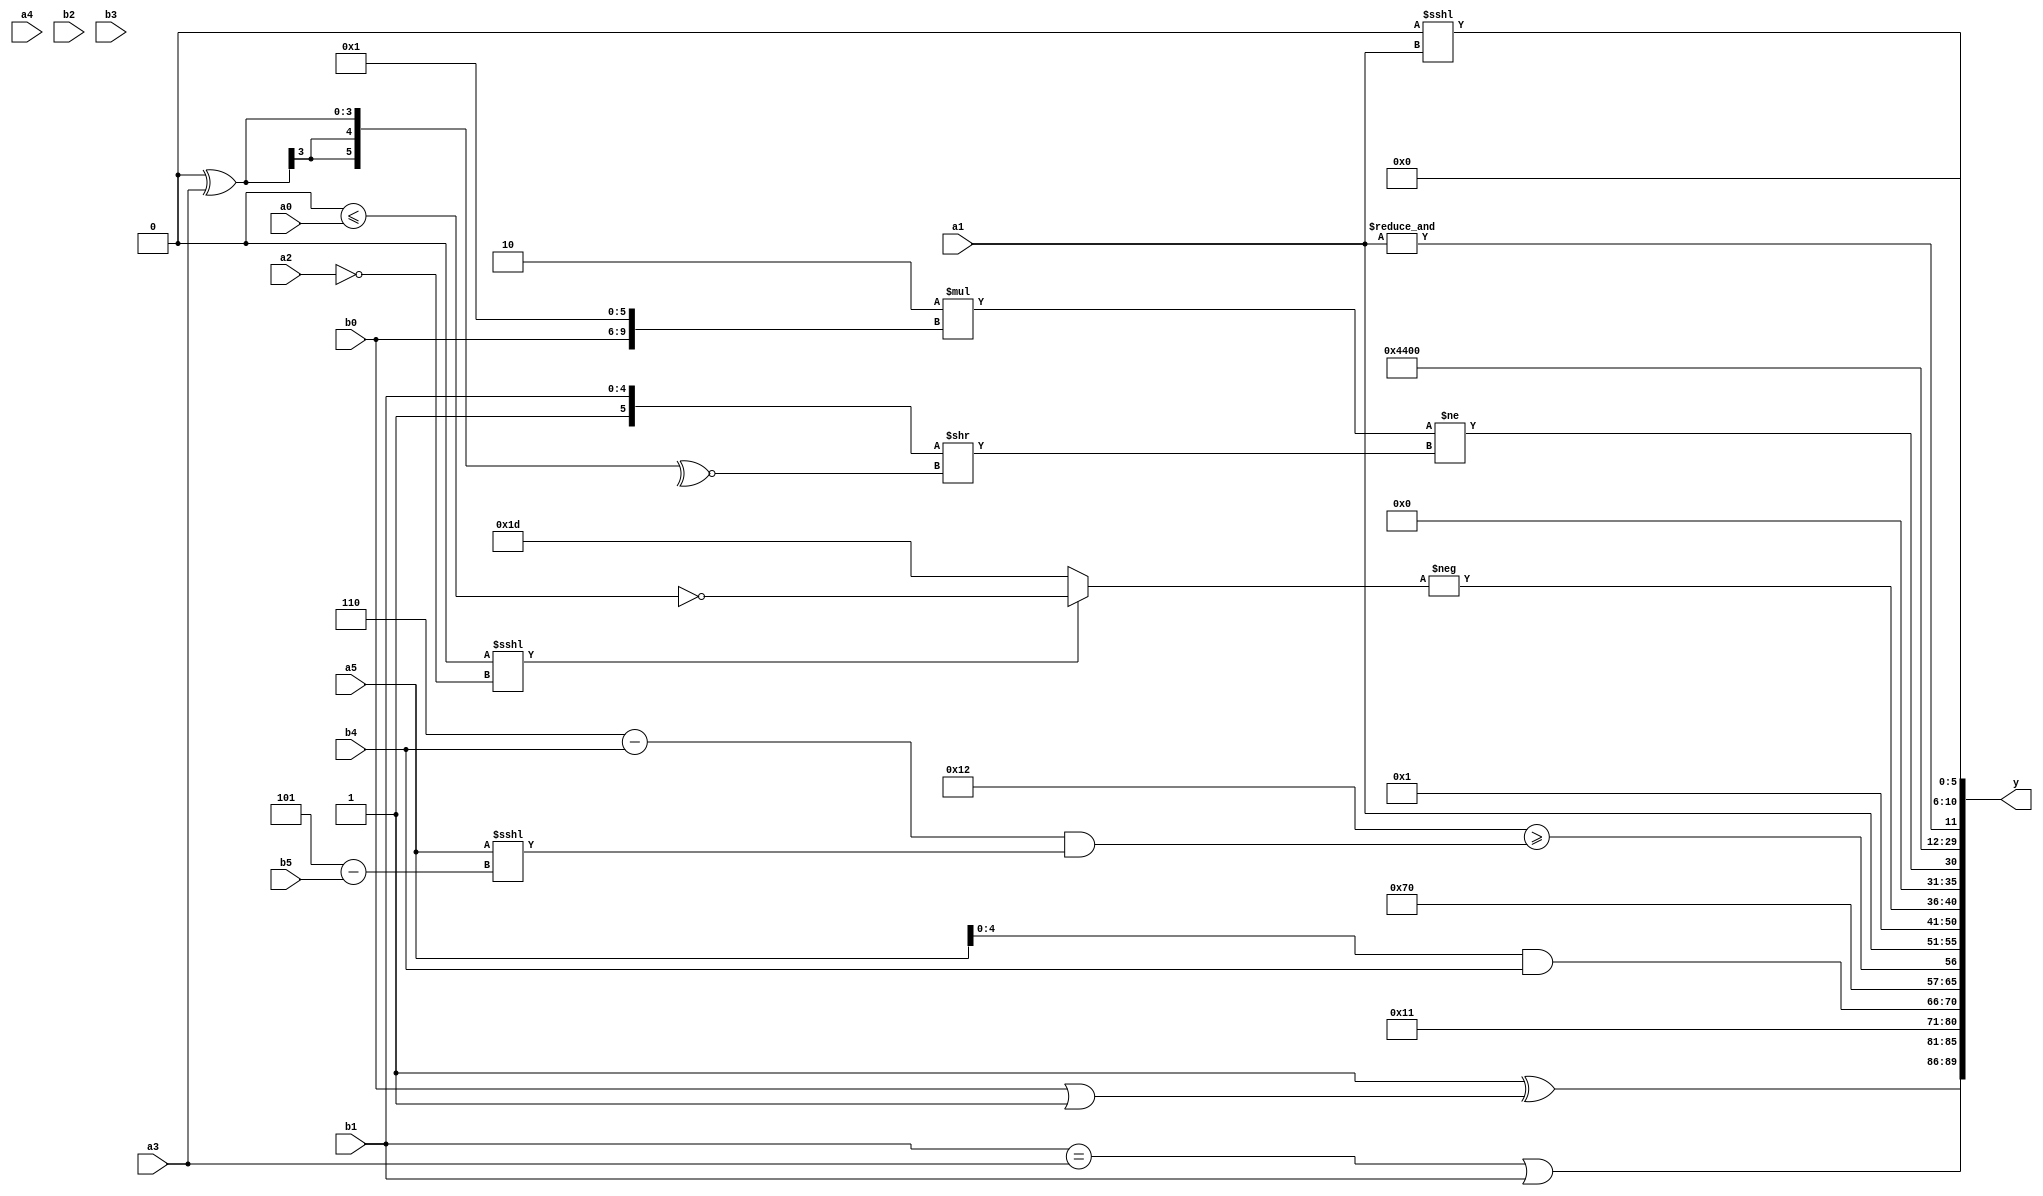
module expression_00350(a0, a1, a2, a3, a4, a5, b0, b1, b2, b3, b4, b5, y);
  input [3:0] a0;
  input [4:0] a1;
  input [5:0] a2;
  input signed [3:0] a3;
  input signed [4:0] a4;
  input signed [5:0] a5;

  input [3:0] b0;
  input [4:0] b1;
  input [5:0] b2;
  input signed [3:0] b3;
  input signed [4:0] b4;
  input signed [5:0] b5;

  wire [3:0] y0;
  wire [4:0] y1;
  wire [5:0] y2;
  wire signed [3:0] y3;
  wire signed [4:0] y4;
  wire signed [5:0] y5;
  wire [3:0] y6;
  wire [4:0] y7;
  wire [5:0] y8;
  wire signed [3:0] y9;
  wire signed [4:0] y10;
  wire signed [5:0] y11;
  wire [3:0] y12;
  wire [4:0] y13;
  wire [5:0] y14;
  wire signed [3:0] y15;
  wire signed [4:0] y16;
  wire signed [5:0] y17;

  output [89:0] y;
  assign y = {y0,y1,y2,y3,y4,y5,y6,y7,y8,y9,y10,y11,y12,y13,y14,y15,y16,y17};

  localparam [3:0] p0 = (4'sd5);
  localparam [4:0] p1 = (5'sd6);
  localparam [5:0] p2 = (~&((((5'sd1)-(5'd13))?{1{(-5'sd1)}}:{1{(5'd22)}})?(3'sd1):({4{(4'd10)}}?{3{(4'sd3)}}:{1{(3'sd3)}})));
  localparam signed [3:0] p3 = (5'd25);
  localparam signed [4:0] p4 = (|(~^(~(~(5'd29)))));
  localparam signed [5:0] p5 = ((5'd18)?(2'sd1):(-5'sd12));
  localparam [3:0] p6 = {{{(-2'sd0),(4'd15)}},{2{(4'sd5)}}};
  localparam [4:0] p7 = (~&(+(~(+(~|((-{(-5'sd8)})!=((-3'sd0)===(5'd8))))))));
  localparam [5:0] p8 = (&((-(-2'sd0))?(^(4'd9)):(2'sd0)));
  localparam signed [3:0] p9 = (+{1{(4'd3)}});
  localparam signed [4:0] p10 = {(5'sd2)};
  localparam signed [5:0] p11 = (~(2'd0));
  localparam [3:0] p12 = ((4'sd0)?(4'sd0):(-3'sd3));
  localparam [4:0] p13 = ((4'd4)<={((4'd4)|(-3'sd3)),(-(-5'sd10))});
  localparam [5:0] p14 = ((-(~&(-3'sd0)))?((-5'sd0)?(2'sd0):(5'd1)):((2'd3)?(3'sd0):(3'sd1)));
  localparam signed [3:0] p15 = (^({1{((~&(2'd3))<{1{(2'sd1)}})}}<=((&((4'd12)>=(2'sd0)))-{3{(4'sd0)}})));
  localparam signed [4:0] p16 = (((~|(5'd30))<<<(~(-3'sd1)))<<<((|(3'sd2))<((-4'sd5)==(5'd17))));
  localparam signed [5:0] p17 = (({4{(-4'sd5)}}<{4{(4'd9)}})<<<{2{{3{(2'd1)}}}});

  assign y0 = ((~^{{4{p14}}})^({1{{b0}}}|(+{p5,p9,p13})));
  assign y1 = ((b1==a3)|(p14?b1:b2));
  assign y2 = (3'd1);
  assign y3 = $unsigned({{(p10-p17),(p1^~p13)},{{p14,p5},(~p13),{p10,p13}},{(-(p2)),(p13?p15:p7)}});
  assign y4 = (($signed((a5&b4))));
  assign y5 = (4'd14);
  assign y6 = ((5'd18)>=(((p10*p9)-(b4?b4:b4))&((p13?a5:p1)<<<(p6-b5))));
  assign y7 = {b2,a1};
  assign y8 = ((5'd24)<=(p6?p5:p15));
  assign y9 = ((p8&&p9)<={p16,p15});
  assign y10 = (-(+(((~|p0)<<<(!a2))?(~(p7<=a0)):(~(p16?p3:p10)))));
  assign y11 = ((5'd2 * {b0,p2})!=({{p5,b1}}>>$unsigned((~^(p17^a3)))));
  assign y12 = {p3,p2};
  assign y13 = (2'd2);
  assign y14 = {3{(-2'sd0)}};
  assign y15 = (&{2{a1}});
  assign y16 = ((^$unsigned($signed((p7))))<<<(+(p16?b3:a1)));
  assign y17 = $signed({{$signed(p15),{3{p8}}}});
endmodule